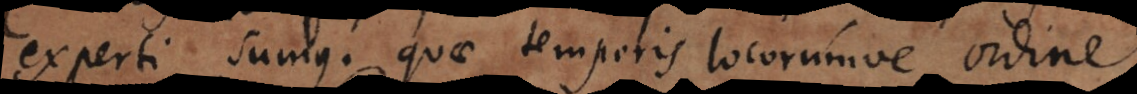
experti sumus, quae temporis locorumve ordine